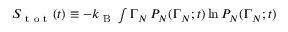
\begin{array} { r } { S _ { \mathrm { ~ t ~ o ~ t ~ } } ( t ) \equiv - k _ { \mathrm { ~ B ~ } } \int \d \Gamma _ { N } \, P _ { N } ( \Gamma _ { N } ; t ) \ln P _ { N } ( \Gamma _ { N } ; t ) \, } \end{array}